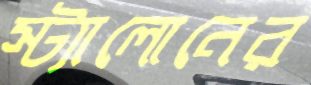
স্ট্যালোনের